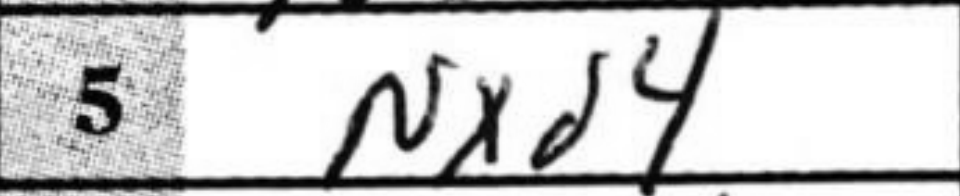
Transcription: Nxd4